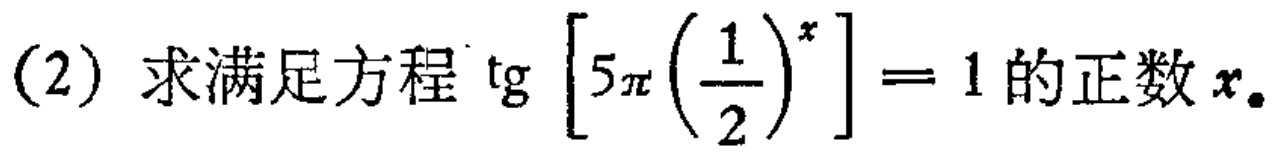
(2) 求满足方程$\tg \left[5\pi \left(\frac{1}{2}\right)^{x}\right]=1$的正数$x$。